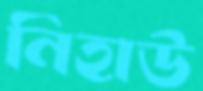
নিহাউ